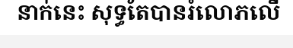
នាក់នេះ សុទ្ធតែបានរំលោភលើ